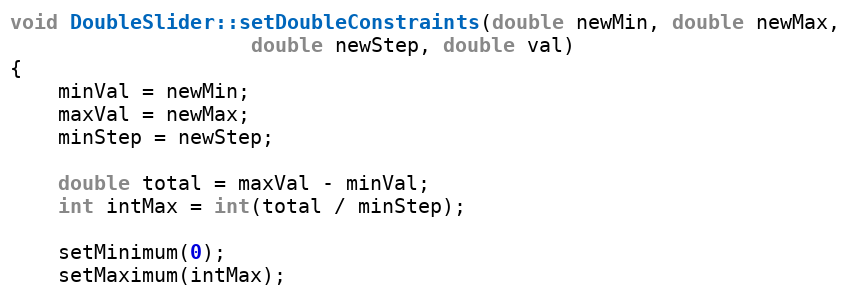
Language: C++
void DoubleSlider::setDoubleConstraints(double newMin, double newMax,
					double newStep, double val)
{
	minVal = newMin;
	maxVal = newMax;
	minStep = newStep;

	double total = maxVal - minVal;
	int intMax = int(total / minStep);

	setMinimum(0);
	setMaximum(intMax);